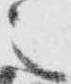
之